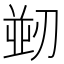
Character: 𭄀